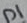
Text: D1